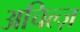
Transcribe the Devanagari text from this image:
अचिल्ज़